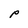
Character: p